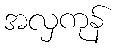
အလှကုန်